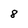
Character: 8